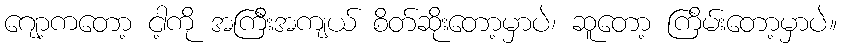
ဂျော့ကတော့ ငါ့ကို အကြီးအကျယ် စိတ်ဆိုးတော့မှာပဲ၊ ဆူတော့ ကြိမ်းတော့မှာပဲ။